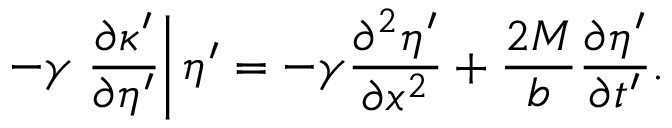
- \gamma \left. \frac { \partial \kappa ^ { \prime } } { \partial \eta ^ { \prime } } \right| \eta ^ { \prime } = - \gamma \frac { \partial ^ { 2 } \eta ^ { \prime } } { \partial x ^ { 2 } } + \frac { 2 M } { b } \frac { \partial \eta ^ { \prime } } { \partial t ^ { \prime } } .